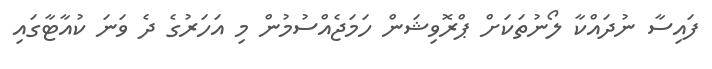
ފައިސާ ނުދައްކާ ލޯނުތަކަށް ޕްރޮވިޝަން ހަމަޖެއްސުމުން މި އަހަރުގެ ދެ ވަނަ ކުއާޓާގައި